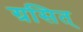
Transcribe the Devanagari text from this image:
ग्रसित्